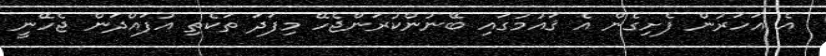
އެ އަހަރުން ފެށިގެން އެ ޤައުމުގައި ބޭނުންކުރަންޖެހޭ މިފަދަ ތަކެތި އުފައްދަން ޖެހޭނީ